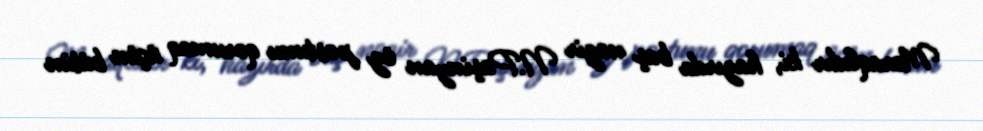
Maraqlıdır ki, hazırda baş nazir N.Paşinyan öz postunu qorumaq üçün bütün